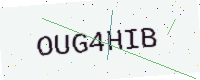
Text: OUG4HIB